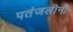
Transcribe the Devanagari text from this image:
पतंजलीनी